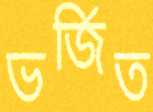
ভর্জিত